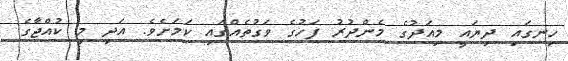
ހިނގައި ދިޔައީ މިއަދުގެ މެންދުރު ފަހުގެ ވަގުތެއްގައި ކަމަށެވެ. އަދި މި ކުއްޖާގެ